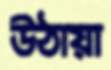
উঠায়া